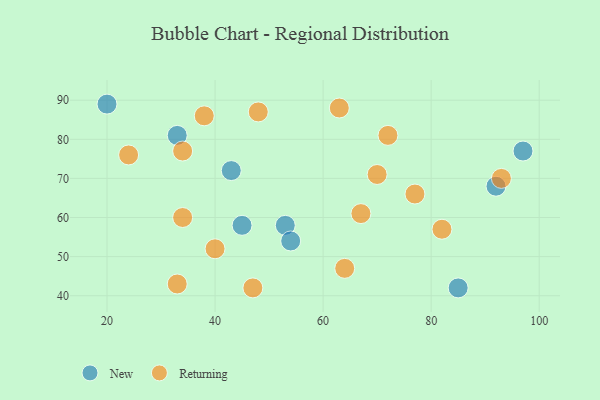
{"axis": {"x": "GDP", "y": "Life Expectancy"}, "legend": ["New", "Returning"], "data": [{"x": "53", "y": 58, "type": "New"}, {"x": "97", "y": 77, "type": "New"}, {"x": "45", "y": 58, "type": "New"}, {"x": "54", "y": 54, "type": "New"}, {"x": "43", "y": 72, "type": "New"}, {"x": "92", "y": 68, "type": "New"}, {"x": "85", "y": 42, "type": "New"}, {"x": "20", "y": 89, "type": "New"}, {"x": "33", "y": 81, "type": "New"}, {"x": "70", "y": 71, "type": "Returning"}, {"x": "82", "y": 57, "type": "Returning"}, {"x": "93", "y": 70, "type": "Returning"}, {"x": "47", "y": 42, "type": "Returning"}, {"x": "67", "y": 61, "type": "Returning"}, {"x": "77", "y": 66, "type": "Returning"}, {"x": "40", "y": 52, "type": "Returning"}, {"x": "63", "y": 88, "type": "Returning"}, {"x": "72", "y": 81, "type": "Returning"}, {"x": "34", "y": 77, "type": "Returning"}, {"x": "38", "y": 86, "type": "Returning"}, {"x": "33", "y": 43, "type": "Returning"}, {"x": "64", "y": 47, "type": "Returning"}, {"x": "48", "y": 87, "type": "Returning"}, {"x": "34", "y": 60, "type": "Returning"}, {"x": "24", "y": 76, "type": "Returning"}]}